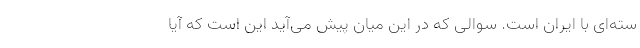
سته‌ای با ایران است. سوالی که در این میان پیش می‌آید این است که آیا